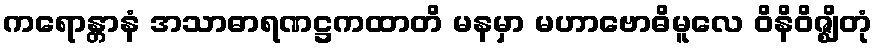
ကရောန္တာနံ အသာဓာရဏဋ္ဌကထာတိ မနမှာ မဟာဗောဓိမူလေ ဝိနိဝိဇ္ဈိတုံ